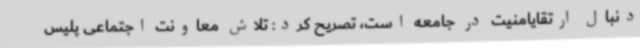
دنبال ارتقایامنیت در جامعه است، تصریح کرد: تلاش معاونت اجتماعی پلیس